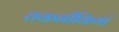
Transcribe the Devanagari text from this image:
तकनीकियां